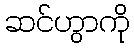
ဆင်ဟွာကို